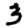
Digit: 3